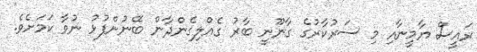
ރައީސް ޔާމީނާއި މި ސަރުކާރުގެ ގާނޫނީ ބާރު ގެއްލިގެންދާން ބޭނުންފުޅު ނުވާ ކަމަށެވެ.